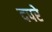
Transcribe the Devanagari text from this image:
दपरे